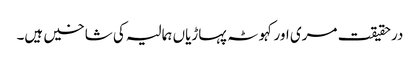
درحقیقت مری اور کہوٹہ پہاڑیاں ہمالیہ کی شاخیں ہیں۔